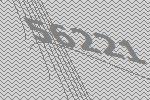
56221